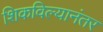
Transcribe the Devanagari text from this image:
शिकविल्यानंतर